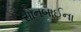
સોનબાઈના